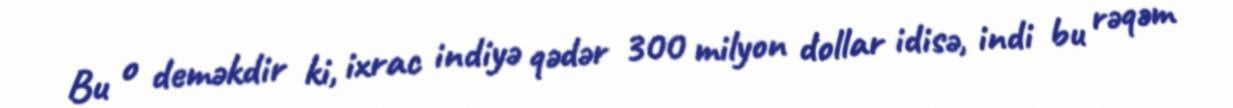
Bu o deməkdir ki, ixrac indiyə qədər 300 milyon dollar idisə, indi bu rəqəm